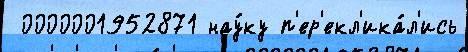
 0000001952871 нау́ку п'ер'екл'ика́л'ись